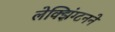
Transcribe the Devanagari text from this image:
लेक्झिंग्टनने